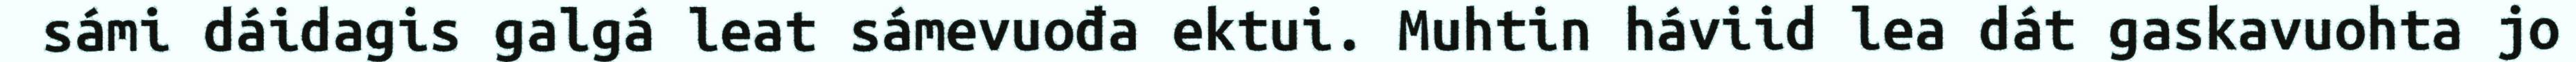
sámi dáidagis galgá leat sámevuođa ektui. Muhtin háviid lea dát gaskavuohta jo